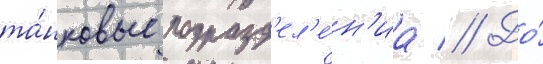
та́нковые подразд'ел'е́н'иа // До́